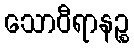
သောဝီရာနဉ္စ